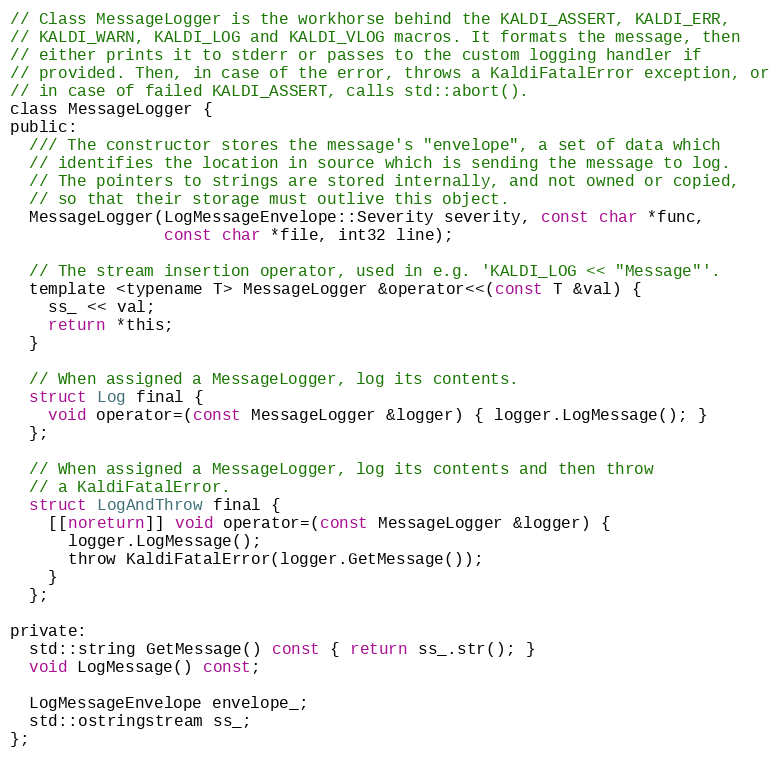
Language: C
// Class MessageLogger is the workhorse behind the KALDI_ASSERT, KALDI_ERR,
// KALDI_WARN, KALDI_LOG and KALDI_VLOG macros. It formats the message, then
// either prints it to stderr or passes to the custom logging handler if
// provided. Then, in case of the error, throws a KaldiFatalError exception, or
// in case of failed KALDI_ASSERT, calls std::abort().
class MessageLogger {
public:
  /// The constructor stores the message's "envelope", a set of data which
  // identifies the location in source which is sending the message to log.
  // The pointers to strings are stored internally, and not owned or copied,
  // so that their storage must outlive this object.
  MessageLogger(LogMessageEnvelope::Severity severity, const char *func,
                const char *file, int32 line);

  // The stream insertion operator, used in e.g. 'KALDI_LOG << "Message"'.
  template <typename T> MessageLogger &operator<<(const T &val) {
    ss_ << val;
    return *this;
  }

  // When assigned a MessageLogger, log its contents.
  struct Log final {
    void operator=(const MessageLogger &logger) { logger.LogMessage(); }
  };

  // When assigned a MessageLogger, log its contents and then throw
  // a KaldiFatalError.
  struct LogAndThrow final {
    [[noreturn]] void operator=(const MessageLogger &logger) {
      logger.LogMessage();
      throw KaldiFatalError(logger.GetMessage());
    }
  };

private:
  std::string GetMessage() const { return ss_.str(); }
  void LogMessage() const;

  LogMessageEnvelope envelope_;
  std::ostringstream ss_;
};